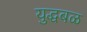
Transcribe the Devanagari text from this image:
युद्धबळ